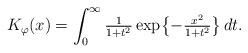
LaTeX: \begin{align*}K_\varphi(x) = \int_0^\infty \tfrac{1}{1+t^2}\exp\bigl\{-\tfrac{x^2}{1+t^2}\bigr\}\,dt. \end{align*}